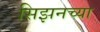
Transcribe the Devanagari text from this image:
सिझनच्या